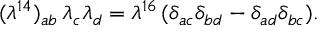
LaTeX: { ( \lambda ^ { 1 4 } ) _ { a b } \, \lambda _ { c } \lambda _ { d } = \lambda ^ { 1 6 } \, ( \delta _ { a c } \delta _ { b d } - \delta _ { a d } \delta _ { b c } ) . }